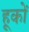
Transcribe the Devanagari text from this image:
हूकों